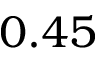
0 . 4 5